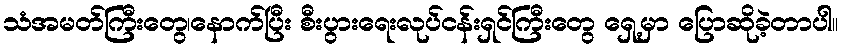
သံအမတ်ကြီးတွေ၊နောက်ပြီး စီးပွားရေးလုပ်ငန်းရှင်ကြီးတွေ ရှေ့မှာ ပြောဆိုခဲ့တာပါ။